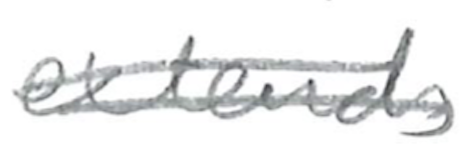
Text: extends
Cross-out: double-line
Writing tool: pencil